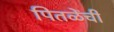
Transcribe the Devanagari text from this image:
पितळेंची